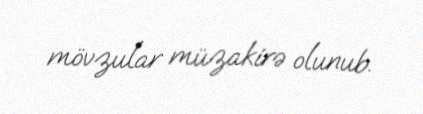
mövzular müzakirə olunub.